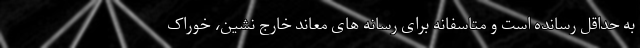
به حداقل رسانده است و متاسفانه برای رسانه ‌های معاند خارج ‌نشین، خوراک